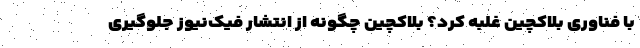
با فناوری بلاکچین غلبه کرد؟ بلاکچین چگونه از انتشار فیک‌نیوز جلوگیری